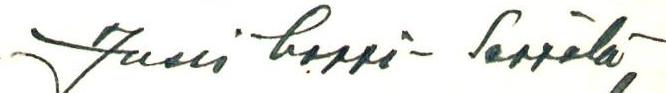
Jussi Lappi-Seppälä,